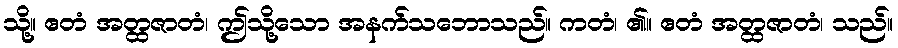
သို့။ ဧတံ အတ္ထဇာတံ၊ ဤသို့သော အနက်သဘောသည်။ ကတံ၊ ၏။ ဧတံ အတ္ထဇာတံ၊ သည်။